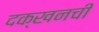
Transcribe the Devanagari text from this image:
दक्खनची